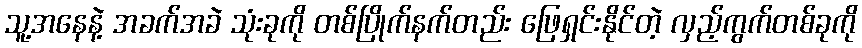
သူ့အနေနဲ့ အခက်အခဲ သုံးခုကို တစ်ပြိုက်နက်တည်း ဖြေရှင်းနိုင်တဲ့ လှည့်ကွက်တစ်ခုကို